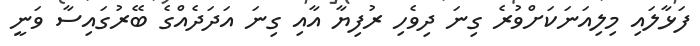
ފަޅާލައި މިލިއަނަކަށްވުރެ ގިނަ ދިވެހި ރުފިޔާ އާއި ގިނަ އަދަދެއްގެ ބޭރުގައިސާ ވަނީ